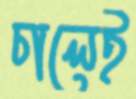
চালেই